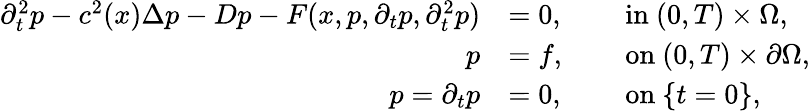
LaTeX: \begin{array}{rlrl}{\partial_{t}^{2}p-c^{2}(x)\Delta p-Dp-F(x,p,\partial_{t}p,\partial_{t}^{2}p)}&{=0,}&{\ }&{\mathrm{in~}(0,T)\times\Omega,}\\ {p}&{=f,}&{\ }&{\mathrm{on~}(0,T)\times\partial\Omega,}\\ {p={\partial_{t}p}}&{=0,}&{\ }&{\mathrm{on~}\{ t=0\} ,}\end{array}